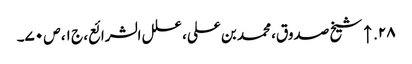
۲۸. ↑ شیخ صدوق، محمد بن علی، علل الشرائع، ج ۱، ص ۷۰۔